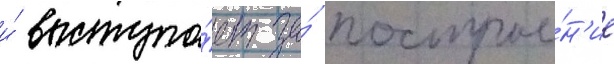
и́ выступа́ет за́ построе́н'ие